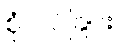
စုံလင်ခြင်း